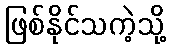
ဖြစ်နိုင်သကဲ့သို့